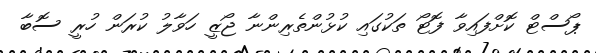
ޕޯސްޓް ކޮށްފައިވާ ފޮޓޯ ތަކުގައި ކުޅުންތެރިންނާ ޖޯޒީ ހަވާލު ކުރަން ހުރީ ސޮބާ